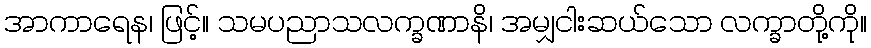
အာကာရေန၊ ဖြင့်။ သမပညာသလက္ခဏာနိ၊ အမျှငါးဆယ်သော လက္ခာတို့ကို။